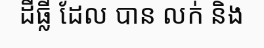
ដីធ្លី ដែល បាន លក់ និង